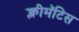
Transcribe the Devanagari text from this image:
क्लीमॅटिस